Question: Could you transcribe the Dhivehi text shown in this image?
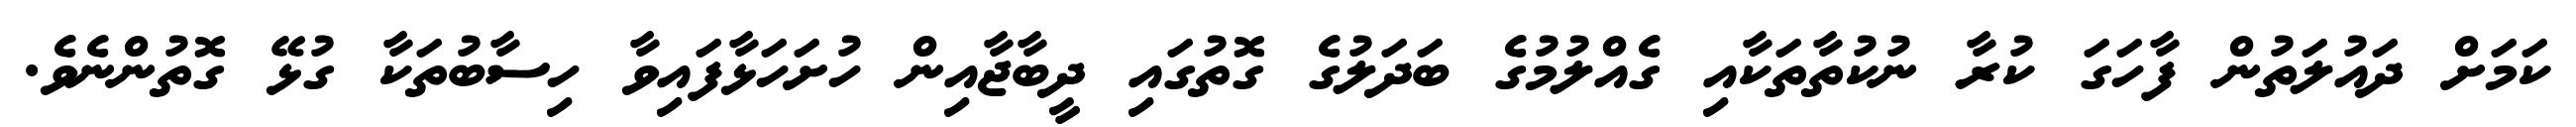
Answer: ކަމަށް ދައުލަތުން ފާހަގަ ކުރާ ނުކުތާތަކާއި ގެއްލުމުގެ ބަދަލުގެ ގޮތުގައި ދީބާޖާއިން ހުށަހަޅާފައިވާ ހިސާބުތަކާ ގުޅޭ ގޮތުންނެވެ.